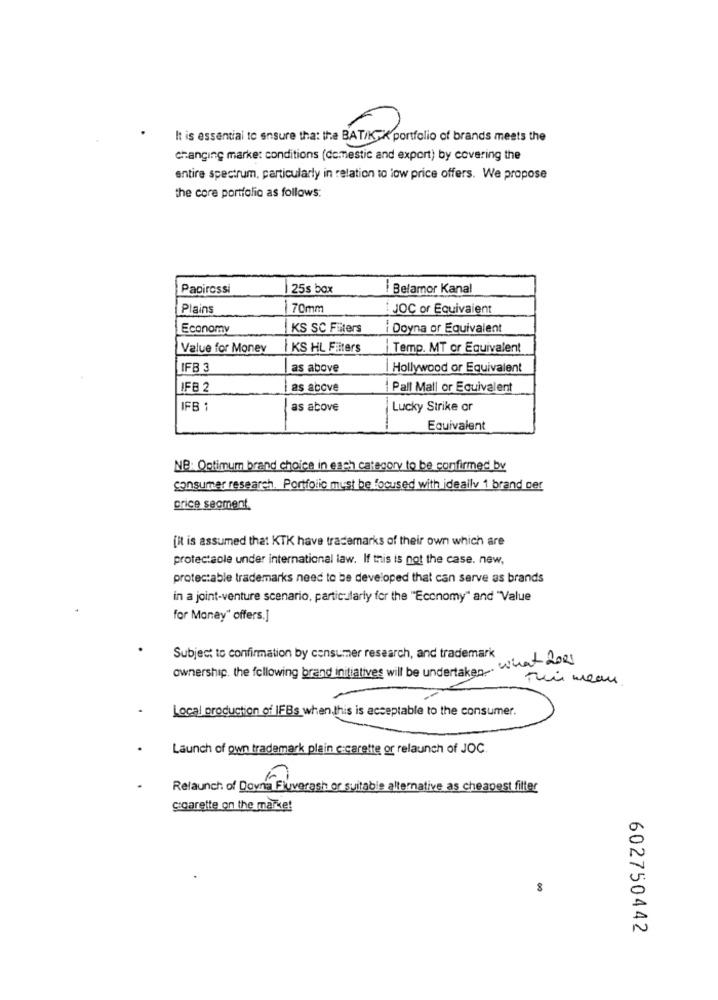
It is essential to ensure tha: the BAT/K-X portfolio of brands meets the
changing marke: conditions (domestic and export) by covering the
entire spectrum, particularly in relation to low price offers. We propose
the core portfolio as follows:
Papirossi
25s box
i Belamor Kanal
Plains
70mm
JOC or Equivalent
Economy
KS SC Filters
i Doyna or Equivalent
Value for Money
KS HL Filters
Temp. MT or Equivalent
IFB 3
as above
Hollywood or Equivalent
IFB 2
as above
|Pall Mall or Equivalent
IFB
as above
Lucky Strike or
Equivalent
NB: Optimum brand choice in each category to be confirmed by
consumer research. Portfolic must be focused with ideally 1 brand per
price segment.
[It is assumed that KTK have trademarks of their own which are
protectaole under international law. If this is not the case. new,
protectable trademarks need to be developed that can serve as brands
in a joint-venture scenario, particularly for the "Economy" and "Value
for Money" offers.]
Subject to confirmation by consumer research, and trademark
ownership. the following brand initiatives will be undertaken what does
This mean
Local production of IFBs when this is acceptable to the consumer.
Launch of own trademark plain c:carette or relaunch of JOC.
Relaunch of Dovna Fluverash or suitable alternative as cheapest filter
cigarette on the market
602750442